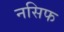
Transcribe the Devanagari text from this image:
नसिफ